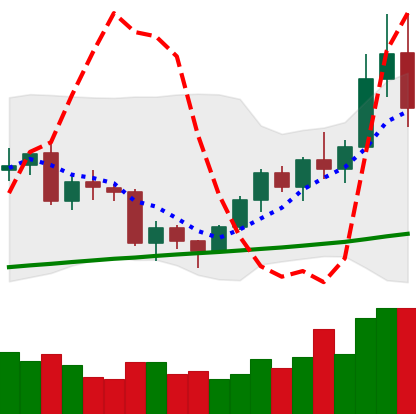
Ticker: BNB-USD
Chart end date: 2020-12-21
Forward return: 3.742%
Label: up_3_5